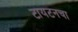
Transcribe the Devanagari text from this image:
टायटनचा